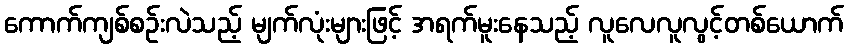
ကောက်ကျစ်စဉ်းလဲသည့် မျက်လုံးများဖြင့် အရက်မူးနေသည့် လူလေလူလွင့်တစ်ယောက်